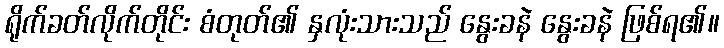
ရိုက်ခတ်လိုက်တိုင်း စံတုတ်၏ နှလုံးသားသည် နွေးခနဲ နွေးခနဲ ဖြစ်ရ၏။